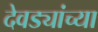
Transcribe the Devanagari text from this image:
देवड्यांच्या